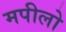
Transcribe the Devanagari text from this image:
मपीलो